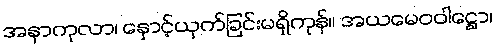
အနာကုလာ၊ နှောင့်ယှက်ခြင်းမရှိကုန်။ အယမေဝဝါဋ္ဌော၊